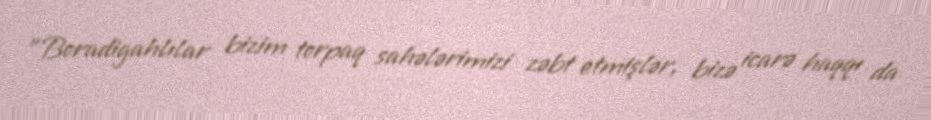
"Boradigahlılar bizim torpaq sahələrimizi zəbt etmişlər, bizə icarə haqqı da